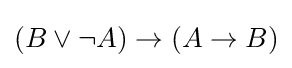
(B\lor \neg A)\to (A\to B)